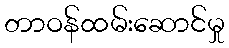
တာဝန်ထမ်းဆောင်မှု